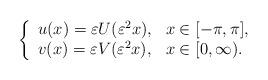
LaTeX: \begin{align*}\left\{ \begin{array}{ll}u(x) = \varepsilon U(\varepsilon^2 x), & x \in [-\pi,\pi], \\v(x) = \varepsilon V(\varepsilon^2 x), & x \in [0,\infty). \end{array} \right.\end{align*}